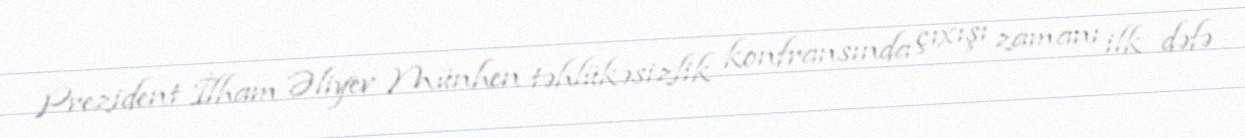
Prezident İlham Əliyev Münhen təhlükəsizlik konfransında çıxışı zamanı ilk dəfə